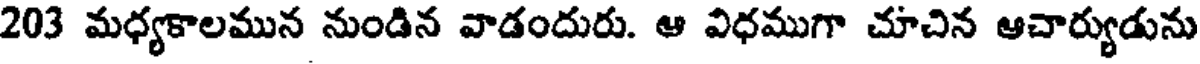
203 మధ్యకాలమున నుండిన వాడందురు. ఆ విధముగా చూచిన ఆచార్యుడును